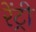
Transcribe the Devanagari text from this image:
रेंट्री